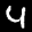
Label: 4